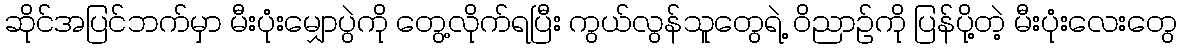
ဆိုင်အပြင်ဘက်မှာ မီးပုံးမျှောပွဲကို တွေ့လိုက်ရပြီး ကွယ်လွန်သူတွေရဲ့ ဝိညာဉ်ကို ပြန်ပို့တဲ့ မီးပုံးလေးတွေ